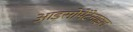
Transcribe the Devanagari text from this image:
आइसोपेंटेनाइल